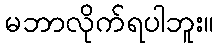
မဘာလိုက်ရပါဘူး။